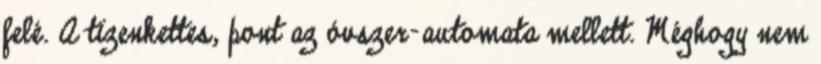
felé. A tizenkettes, pont az óvszer-automata mellett. Méghogy nem